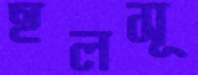
হলসূ